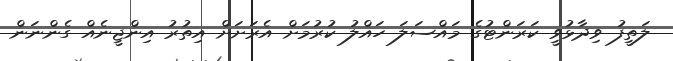
ލަތީފު ވިދާޅުވީ ކަރަންޓުގެ މައްސަލަ ހައްލު ކުރުމަށް އެރަށަށް އިތުރު އިންޖީނެއް ގެންނަން